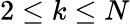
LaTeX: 2\leq k\leq N